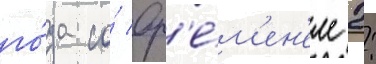
го́да со́ вр'е́м'ен'ем 2: